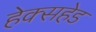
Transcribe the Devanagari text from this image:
हेक्सहेड